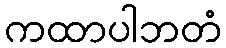
ကထာပါဘတံ